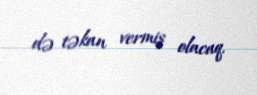
də təkan vermiş olacaq.